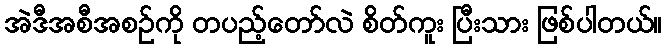
အဲဒီအစီအစဉ်ကို တပည့်တော်လဲ စိတ်ကူး ပြီးသား ဖြစ်ပါတယ်။